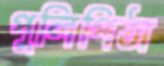
পুলিপিঠা